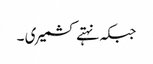
جبکہ نہتے کشمیری ۔